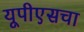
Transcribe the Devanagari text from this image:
यूपीएसचा